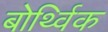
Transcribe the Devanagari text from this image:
बोर्थ्विक